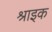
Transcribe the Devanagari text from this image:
श्राइक